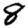
Digit: 8